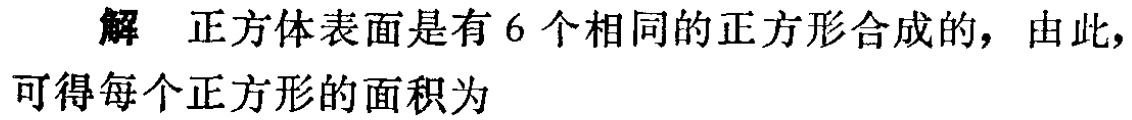
解 正方体表面是有 6 个相同的正方形合成的，由此，可得每个正方形的面积为